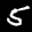
Label: 5